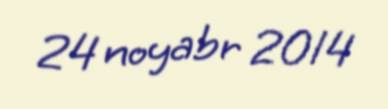
24 noyabr 2014